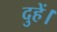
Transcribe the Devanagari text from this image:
दुहें।